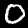
Digit: 0